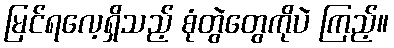
မြင်ရလေ့ရှိသည့် စုံတွဲတွေကိုပဲ ကြည့်။